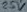
Text: 25V